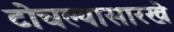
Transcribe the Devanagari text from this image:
टोचल्यासारखे